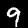
Digit: 9